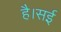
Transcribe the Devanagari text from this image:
है।सई